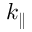
k _ { \parallel }